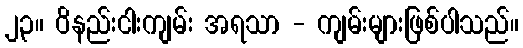
၂၃။ ဝိနည်းငါးကျမ်း အရသာ - ကျမ်းများဖြစ်ပါသည်။